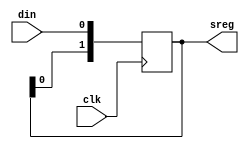
module shift_register_multi
  #(
    parameter DEPTH = 2
    )
  (
   input wire             clk,
   input wire             din,
   output reg [DEPTH-1:0] sreg
   );

  localparam TRUE = 1'b1;
  localparam FALSE = 1'b0;
  localparam ZERO = 1'd0;

  always @(posedge clk)
    begin
      sreg <= {sreg[DEPTH-2:0], din};
    end

endmodule